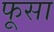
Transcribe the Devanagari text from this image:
फूसा